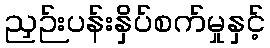
ညှဉ်းပန်းနှိပ်စက်မှုနှင့်